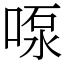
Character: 𫪴